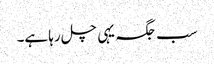
سب جگہ یہی چل رہا ہے۔